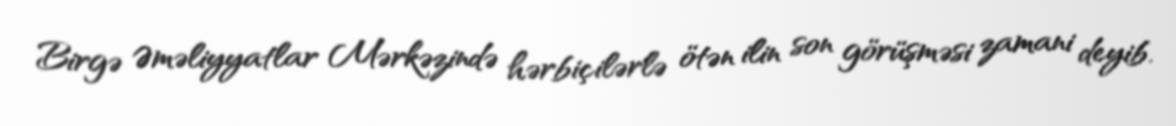
Birgə Əməliyyatlar Mərkəzində hərbiçilərlə ötən ilin son görüşməsi zamani deyib.